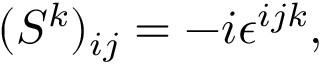
( S ^ { k } ) _ { i j } = - i \epsilon ^ { i j k } ,